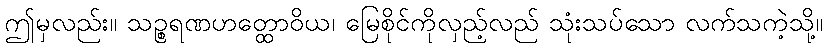
ဤမှလည်း။ သဉ္စရဏဟတ္ထောဝိယ၊ မြေစိုင်ကိုလှည့်လည် သုံးသပ်သော လက်သကဲ့သို့။